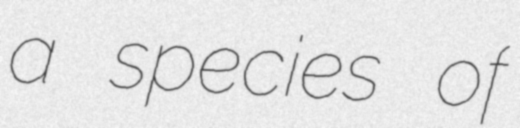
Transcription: a species of